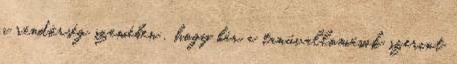
a rendőrség szemében , hogy bár a tanúvallomások szerint